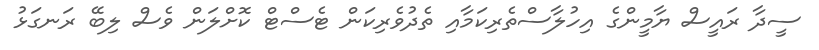
ސީދާ ރައީސް ޔާމީންގެ އިހުލާސްތެރިކަމާއި ތެދުވެރިކަން ޓެސްޓް ކޮށްލަން ވެސް ލިބޭ ރަނގަޅު